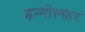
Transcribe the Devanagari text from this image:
इन्गोल्फ़र